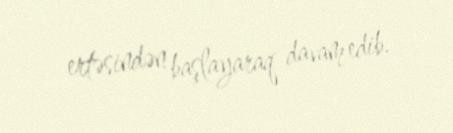
ertəsindən başlayaraq davam edib.